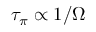
\tau _ { \pi } \propto 1 / \Omega